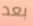
بعد